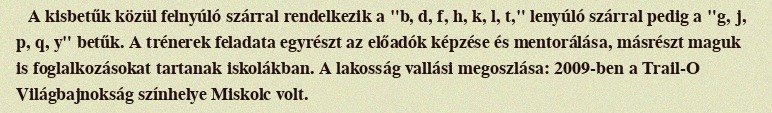
A kisbetűk közül felnyúló szárral rendelkezik a "b, d, f, h, k, l, t," lenyúló szárral pedig a "g, j, p, q, y" betűk. A trénerek feladata egyrészt az előadók képzése és mentorálása, másrészt maguk is foglalkozásokat tartanak iskolákban. A lakosság vallási megoszlása: 2009-ben a Trail-O Világbajnokság színhelye Miskolc volt.